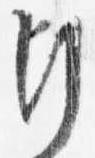
行